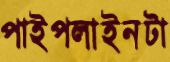
পাইপলাইনটা